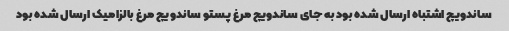
ساندویچ اشتباه ارسال شده بود به جای ساندویچ مرغ پستو ساندویچ مرغ بالزامیک ارسال شده بود